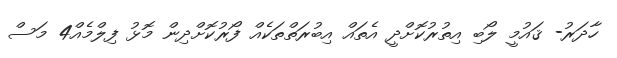
ހާދަރު- ޤައުމީ ލޯބި އިތުރުކޮށްދީ އެތައް އިބުރަތްތަކެއް ފޯރުކޮށްދިން މޮޅު ފިލްމެއް4 މަސް